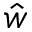
\hat { w }